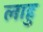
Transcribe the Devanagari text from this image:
लाहु